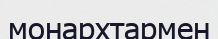
монархтармен